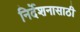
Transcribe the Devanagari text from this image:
निर्देशनासाठी